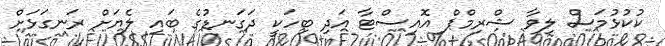
ކުކުޅުމަސް ލިވާ ޝްރިމްޕް އޮއިސްޓާ އަދި ބިހަކީ ދަގަނޑުގެ ބައި ލެޔަށް ރަނގަޅަށް